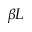
\beta L